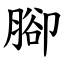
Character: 腳